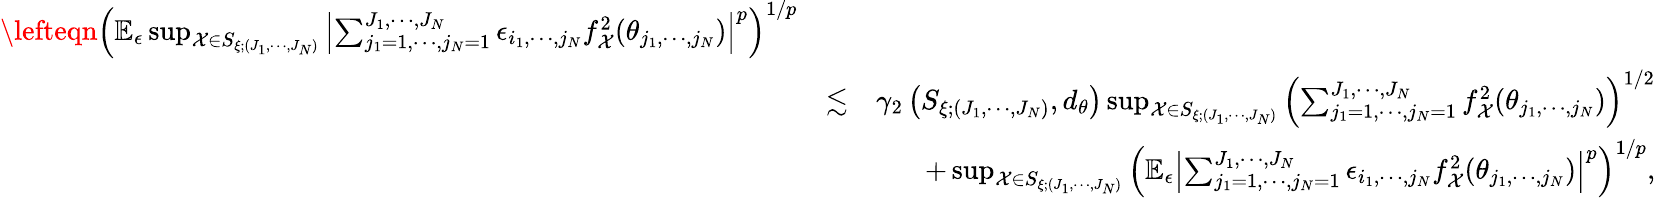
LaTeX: \begin{array}{rlr}{\lefteqn{\left(\mathbb{E}_{\epsilon}\operatorname*{sup}_{\mathcal{X}\in S_{\xi;(J_{1},\cdots,J_{N})}}\left\vert\sum_{j_{1}=1,\cdots,j_{N}=1}^{J_{1},\cdots,J_{N}}\epsilon_{i_{1},\cdots,j_{N}}f_{\mathcal{X}}^{2}(\theta_{j_{1},\cdots,j_{N}})\right\vert^{p}\right)^{1/p}}}\\ &{\lesssim}&{\gamma_{2}\left(S_{\xi;(J_{1},\cdots,J_{N})},d_{\theta}\right)\operatorname*{sup}_{\mathcal{X}\in S_{\xi;(J_{1},\cdots,J_{N})}}\left(\sum_{j_{1}=1,\cdots,j_{N}=1}^{J_{1},\cdots,J_{N}}f_{\mathcal{X}}^{2}(\theta_{j_{1},\cdots,j_{N}})\right)^{1/2}}\\ &{}&{+\operatorname*{sup}_{\mathcal{X}\in S_{\xi;(J_{1},\cdots,J_{N})}}\left(\mathbb{E}_{\epsilon}\left\vert\sum_{j_{1}=1,\cdots,j_{N}=1}^{J_{1},\cdots,J_{N}}\epsilon_{i_{1},\cdots,j_{N}}f_{\mathcal{X}}^{2}(\theta_{j_{1},\cdots,j_{N}})\right\vert^{p}\right)^{1/p},}\end{array}